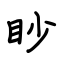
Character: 眇